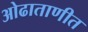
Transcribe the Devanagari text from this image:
ओढाताणीत